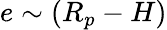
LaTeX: e\sim(R_{p}-H)